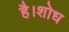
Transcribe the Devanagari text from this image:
है।शोध